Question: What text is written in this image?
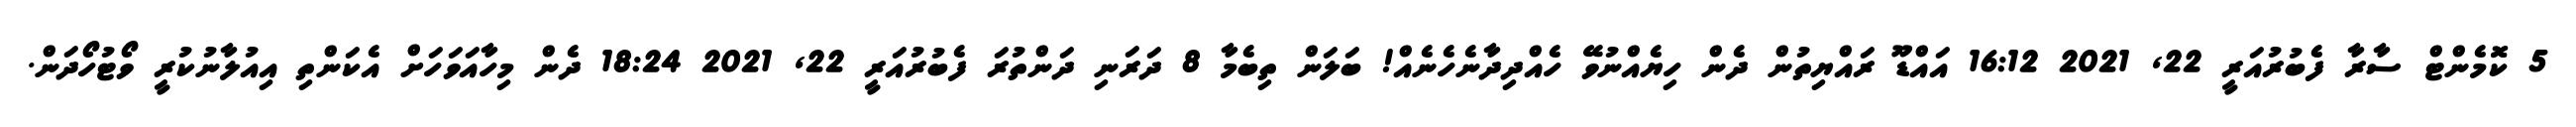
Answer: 5 ކޮމެންޓް ސާރާ ފެބުރުއަރީ 22, 2021 16:12 އައްޑޫ ރައްޔިތުން ދެން ހިޔެއްނުވޭ ހެއްދިދާނެހެނެއް! ބަލަން ތިބެމާ 8 ދަރަނި ދަންތުރަ ފެބުރުއަރީ 22, 2021 18:24 ދެން މިހާއަވަހަށް އެކަންތި އިއުލާނުކުރީ ވޯޓުހޯދަން.